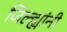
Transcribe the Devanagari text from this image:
जिल्ह्यांनी